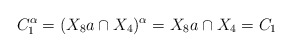
\begin{align*}C_1^{\alpha}=(X_8a\cap X_4)^{\alpha}=X_8a\cap X_4=C_1\end{align*}